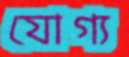
যোগ্য